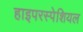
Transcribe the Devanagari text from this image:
हाइपरस्पेशियल